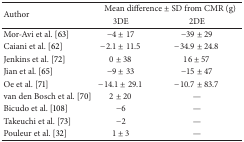
<table><thead><tr><td rowspan="2"><b>Author</b></td><td colspan="2"><b>Mean difference ± SD from CMR (g)</b></td></tr><tr><td><b>3DE</b></td><td><b>2DE</b></td></tr></thead><tbody><tr><td>Mor-Avi et al. [63]</td><td>−4 ± 17</td><td>−39 ± 29</td></tr><tr><td>Caiani et al. [62]</td><td>−2.1 ± 11.5</td><td>−34.9 ± 24.8</td></tr><tr><td>Jenkins et al. [72]</td><td>0 ± 38</td><td>16 ± 57</td></tr><tr><td>Jian et al. [65]</td><td>−9 ± 33</td><td>−15 ± 47</td></tr><tr><td>Oe et al. [71]</td><td>−14.1 ± 29.1</td><td>−10.7 ± 83.7</td></tr><tr><td>van den Bosch et al. [70] </td><td>2 ± 20</td><td>—</td></tr><tr><td>Bicudo et al. [108]</td><td>−6</td><td>—</td></tr><tr><td>Takeuchi et al. [73]</td><td>−2</td><td>—</td></tr><tr><td>Pouleur et al. [32]</td><td>1 ± 3</td><td>—</td></tr></tbody></table>